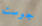
جوست